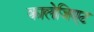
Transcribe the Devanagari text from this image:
कालेजिएट